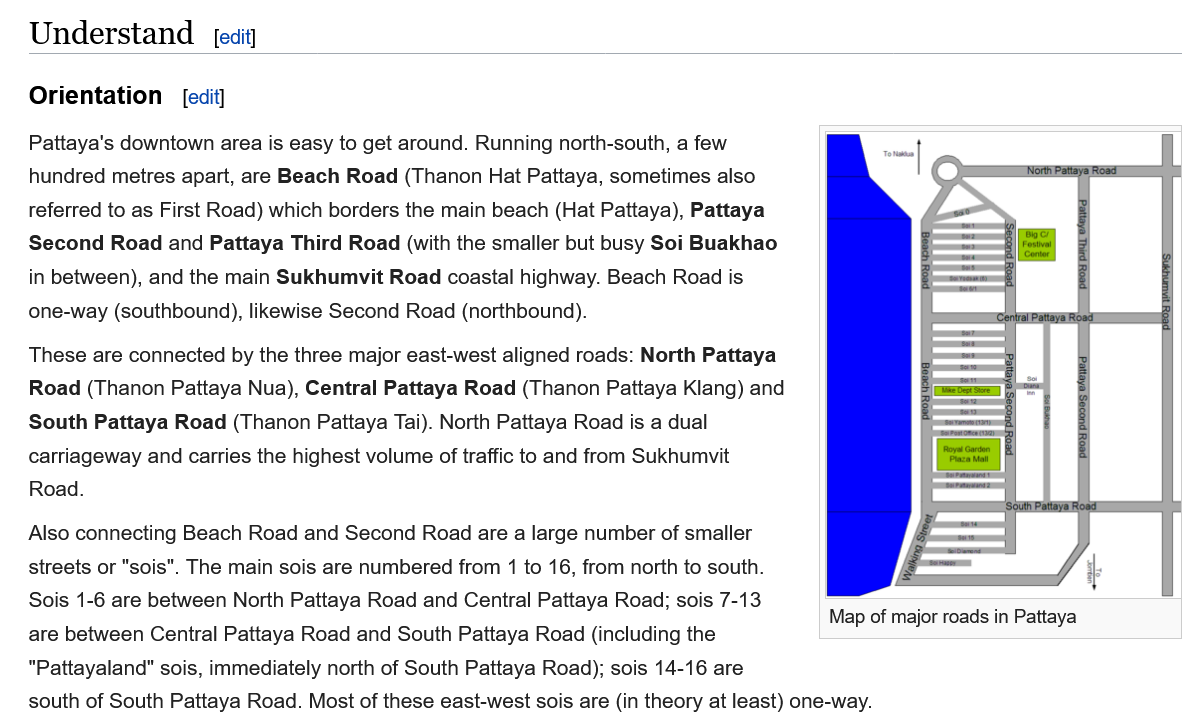
‘Sukhumvit
     Road
     North Pattaye Road
     ‘South Pattaya Rood
     Map of major roads in Pattaya
   Understand
   Orientation
     edit]
     [edit
   Pattaya's downtown area is easy to get around. Running north-south, a few
   hundred metres apart, are Beach Road (Thanon Hat Pattaya, sometimes also
   referred to as First Road) which borders the main beach (Hat Pattaya), Pattaya
   Second  Road and Pattaya Third Road (with the smaller but busy Soi Buakhao
   in between), and the main Sukhumvit Road coastal highway. Beach Road is
   one-way (southbound), likewise Second Road (northbound).
   These are connected by the three major east-west aligned roads: North Pattaya
   Road  (Thanon Pattaya Nua), Central Pattaya Road (Thanon Pattaya Klang) and
   South Pattaya Road (Thanon Pattaya Tai). North Pattaya Road is a dual
   carriageway and carries the highest volume of traffic to and from Sukhumvit
   Road.
   Also connecting Beach Road and Second Road are a large number of smaller
   streets or "sois". The main sois are numbered from 1 to 16, from north to south.
   Sois 1-6 are between North Pattaya Road and Central Pattaya Road; sois 7-13
   are between Central Pattaya Road and South Pattaya Road (including the
   "Pattayaland" sois, immediately north of South Pattaya Road); sois 14-16 are